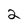
Character: 2